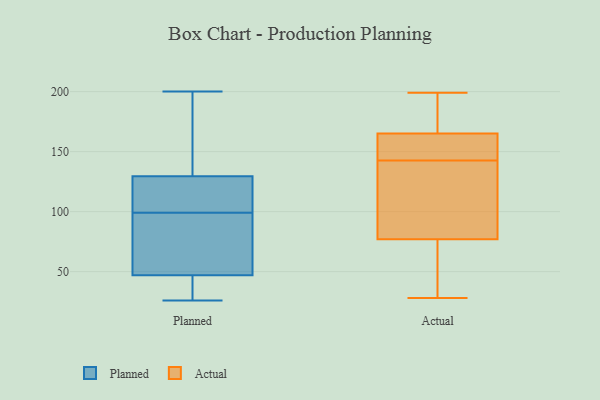
{"axis": {"x": "Shipments", "y": "Value"}, "legend": ["Actual", "Planned"], "data": [{"x": "", "y": 66, "type": "Planned"}, {"x": "", "y": 26, "type": "Planned"}, {"x": "", "y": 147, "type": "Planned"}, {"x": "", "y": 49, "type": "Planned"}, {"x": "", "y": 133, "type": "Planned"}, {"x": "", "y": 78, "type": "Planned"}, {"x": "", "y": 109, "type": "Planned"}, {"x": "", "y": 43, "type": "Planned"}, {"x": "", "y": 77, "type": "Planned"}, {"x": "", "y": 45, "type": "Planned"}, {"x": "", "y": 44, "type": "Planned"}, {"x": "", "y": 113, "type": "Planned"}, {"x": "", "y": 91, "type": "Planned"}, {"x": "", "y": 41, "type": "Planned"}, {"x": "", "y": 126, "type": "Planned"}, {"x": "", "y": 145, "type": "Planned"}, {"x": "", "y": 140, "type": "Planned"}, {"x": "", "y": 200, "type": "Planned"}, {"x": "", "y": 107, "type": "Planned"}, {"x": "", "y": 116, "type": "Planned"}, {"x": "", "y": 137, "type": "Actual"}, {"x": "", "y": 190, "type": "Actual"}, {"x": "", "y": 37, "type": "Actual"}, {"x": "", "y": 199, "type": "Actual"}, {"x": "", "y": 28, "type": "Actual"}, {"x": "", "y": 77, "type": "Actual"}, {"x": "", "y": 141, "type": "Actual"}, {"x": "", "y": 64, "type": "Actual"}, {"x": "", "y": 163, "type": "Actual"}, {"x": "", "y": 86, "type": "Actual"}, {"x": "", "y": 44, "type": "Actual"}, {"x": "", "y": 148, "type": "Actual"}, {"x": "", "y": 167, "type": "Actual"}, {"x": "", "y": 125, "type": "Actual"}, {"x": "", "y": 173, "type": "Actual"}, {"x": "", "y": 77, "type": "Actual"}, {"x": "", "y": 189, "type": "Actual"}, {"x": "", "y": 163, "type": "Actual"}, {"x": "", "y": 145, "type": "Actual"}, {"x": "", "y": 144, "type": "Actual"}]}